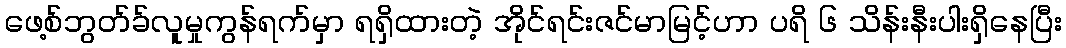
ဖေ့စ်ဘွတ်ခ်လူမှုကွန်ရက်မှာ ရရှိထားတဲ့ အိုင်ရင်းဇင်မာမြင့်ဟာ ပရိ ၆ သိန်းနီးပါးရှိနေပြီး